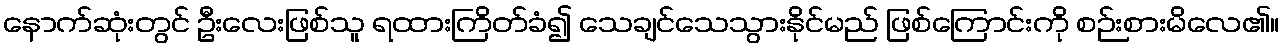
နောက်ဆုံးတွင် ဦးလေးဖြစ်သူ ရထားကြိတ်ခံ၍ သေချင်သေသွားနိုင်မည် ဖြစ်ကြောင်းကို စဉ်းစားမိလေ၏။